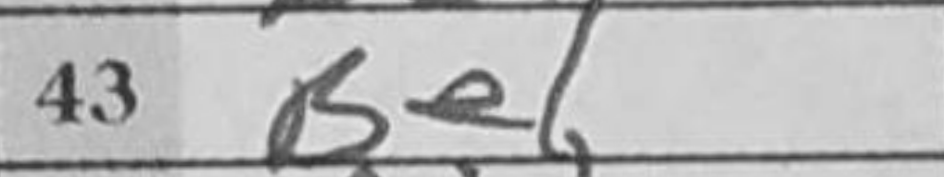
Transcription: Be1